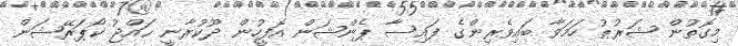
މިގޮތުން ޝަރުޠު ހަމަވާ ބައިވެރިންގެ ފައިސާ ޕެންޝަން އޮފީހުން ދޫކުރާނީ ޙައްޖު ކޯޕަރޭޝަން